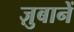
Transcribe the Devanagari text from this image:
ज़ुबानें